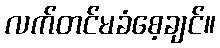
လက်တင်မခံစေ့ချင်။